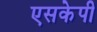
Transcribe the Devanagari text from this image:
एसकेपी